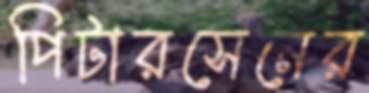
পিটারসেনের